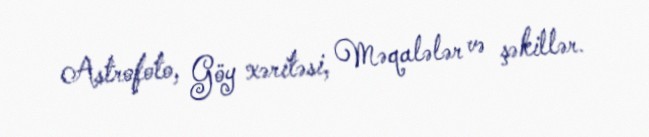
Astrofoto, Göy xəritəsi, Məqalələr və şəkillər.